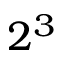
2 ^ { 3 }